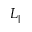
L _ { \parallel }